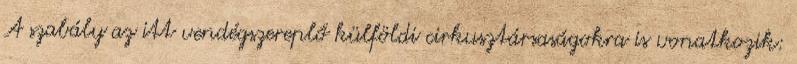
A szabály az itt vendégszereplő külföldi cirkusztársaságokra is vonatkozik: